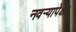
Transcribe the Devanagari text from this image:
नवऱ्यापेक्षा